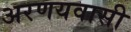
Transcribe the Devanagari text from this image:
अरणयवासी